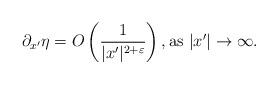
LaTeX: \begin{align*} \partial_{x^\prime} \eta = O\left( \frac{1}{|x^\prime|^{2+\varepsilon} }\right), \textrm{as } |x^\prime| \to \infty. \end{align*}